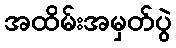
အထိမ်းအမှတ်ပွဲ